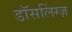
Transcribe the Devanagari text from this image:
डॉसलिंग्ज़